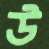
উ